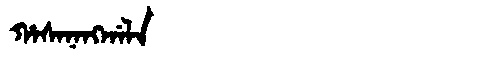
Manchu: ᡥᠠᠰᠠᠨᠠᠩᡤᠠᠯᠠ
Romanization: HASANANGGALA